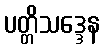
ပတ္တိသဒ္ဒေန